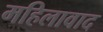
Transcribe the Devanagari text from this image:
महिलावाद